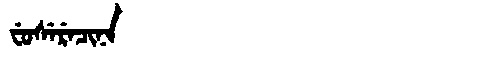
Manchu: ᠸᡠᠰᡝᡵᡝᠴᡳᠨᠠ
Romanization: FUSERECINA